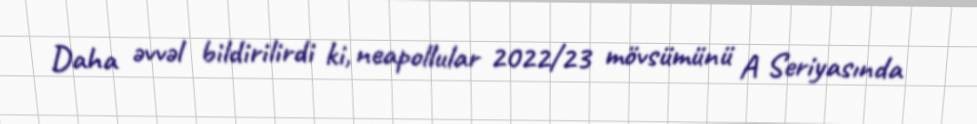
Daha əvvəl bildirilirdi ki, neapollular 2022/23 mövsümünü A Seriyasında